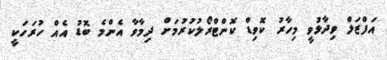
އަފްޒަލް ވިދާޅުވީ މިހާރު ކޮވިޑް ކޮންޓްރޯލުކުރުމަށް ދިމާވާ އެންމެ ބޮޑު އެއް ހުރަހަކީ